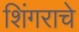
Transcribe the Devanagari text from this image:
शिंगराचे